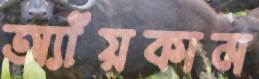
অ্যাঁয়কাম